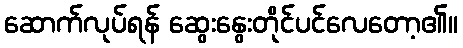
ဆောက်လုပ်ရန် ဆွေးနွေးတိုင်ပင်လေတော့၏။